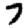
Digit: 7